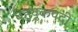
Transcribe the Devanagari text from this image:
बहुयुकपदी